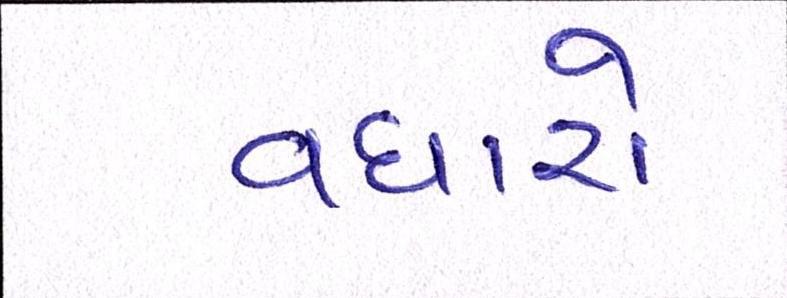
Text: વધારો